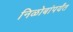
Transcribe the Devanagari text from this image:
निळोबांपर्यंत